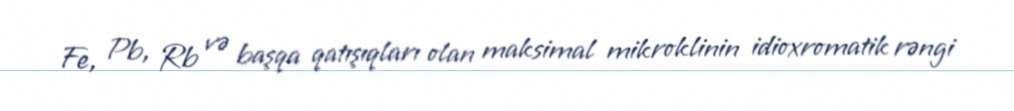
Fe, Pb, Rb və başqa qatışıqları olan maksimal mikroklinin idioxromatik rəngi